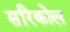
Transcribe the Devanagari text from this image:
सरिकोल